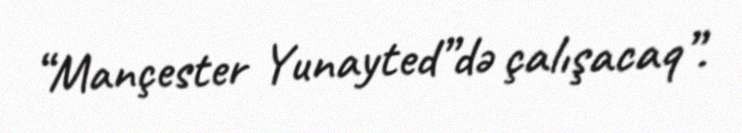
“Mançester Yunayted”də çalışacaq”.